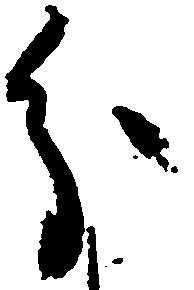
分